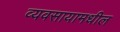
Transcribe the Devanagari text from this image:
व्यवसायामधील